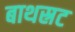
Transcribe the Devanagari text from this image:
बाथस्रट